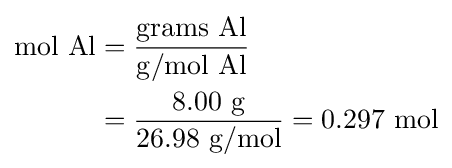
{\begin{aligned}{\mathrm {mol} ~\mathrm {Al} }&={\frac {\mathrm {grams} ~\mathrm {Al} }{\mathrm {g} /\mathrm {mol} ~\mathrm {Al} }}\\&={\frac {8.00~{\ce {g}}}{26.98~{\mathrm {g} /\mathrm {mol} }}}=0.297~{\mathrm {mol} }\end{aligned}}